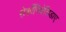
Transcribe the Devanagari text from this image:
सेर्कोपिथेसिडाए